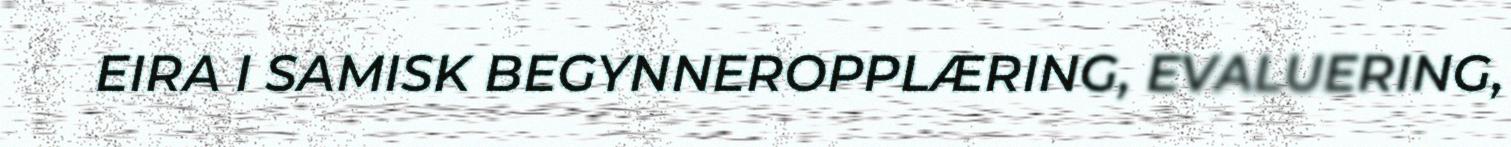
EIRA I SAMISK BEGYNNEROPPLÆRING, EVALUERING,